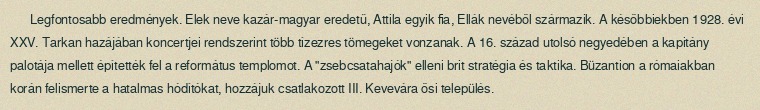
Legfontosabb eredmények. Elek neve kazár-magyar eredetű, Attila egyik fia, Ellák nevéből származik. A későbbiekben 1928. évi XXV. Tarkan hazájában koncertjei rendszerint több tízezres tömegeket vonzanak. A 16. század utolsó negyedében a kapitány palotája mellett építették fel a református templomot. A "zsebcsatahajók" elleni brit stratégia és taktika. Büzantion a rómaiakban korán felismerte a hatalmas hódítókat, hozzájuk csatlakozott III. Kevevára ősi település.